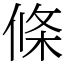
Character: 條